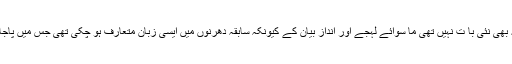
اس سال کے دوران بھی ایک دھرنا ہوا جو اپنی زبان و بیان کی وجہ سے کافی مقبول ہوا مگر یہ بھی نئی با ت نہیں تھی ما سوائے لہجے اور انداز بیان کے کیونکہ سابقہ دھرنوں میں ایسی زبان متعارف ہو چکی تھی جس میں پاجامے اور ملبوسات کے علاوہ شجرہ نسب کی تفصیلات سے نوجوان نسل کو آگاہ کیا جاتا رہا ہے۔